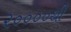
૨૦૦૦૦થી